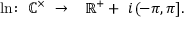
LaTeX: \ln \colon \; \mathbb { C } ^ { \times } \; \to \; \; \; \mathbb { R } ^ { + } + \; i \, ( \! - \pi , \pi ] .